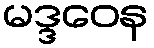
မဒ္ဒဝေန